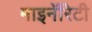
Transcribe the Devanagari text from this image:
माइनॅरिटी